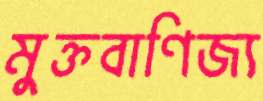
মুক্তবাণিজ্য